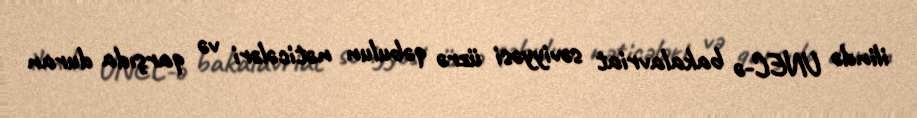
ilində UNEC-ə bakalavriat səviyyəsi üzrə qəbulun nəticələri və qarşıda duran